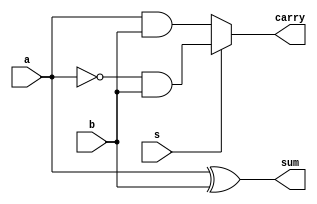
module half_addsub (
	input a,
	input b,
	input s,
	output reg sum,
	output reg carry
);

// 0 for add
// 1 for sub

always@(*) begin
	sum <= a^b;
	if(s==1'b0) begin
		carry <= a&&b;
	end else begin
		carry <= (~a)&&b;
	end
end

endmodule